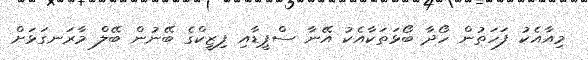
މިއާއެކު ފަހަތުން ހޯދާ ބޯޅަތަކާއެކު އޭނާ ސްޕީޑާއި ފިޒީކްގެ ބޭނުން ބޭލް މާރަނގަޅަށް